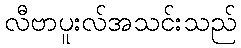
လီဗာပူးလ်အသင်းသည်